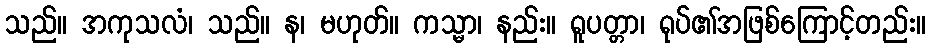
သည်။ အကုသလံ၊ သည်။ န၊ မဟုတ်။ ကသ္မာ၊ နည်း။ ရူပတ္တာ၊ ရုပ်၏အဖြစ်ကြောင့်တည်း။